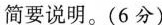
简要说明。(6分)